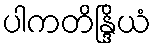
ပါကတိန္ဒြိယံ